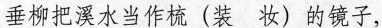
垂柳把溪水当作梳(装 妆) 的镜子，